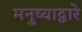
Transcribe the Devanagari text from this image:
मनुष्याद्वारे